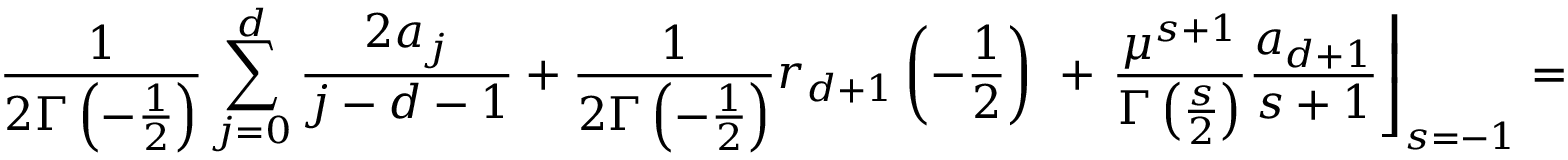
\frac 1 { 2 \Gamma \left( - \frac 1 2 \right) } \sum _ { j = 0 } ^ { d } \frac { 2 a _ { j } } { j - d - 1 } + \frac 1 { 2 \Gamma \left( - \frac 1 2 \right) } r _ { d + 1 } \left( - \frac 1 2 \right) \, \, + \left. \frac { \mu ^ { s + 1 } } { \Gamma \left( \frac s 2 \right) } \frac { a _ { d + 1 } } { s + 1 } \right\rfloor _ { s = - 1 } =